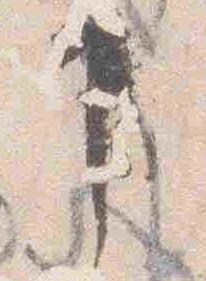
申